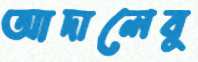
আদালেবু